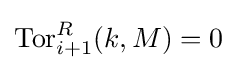
\operatorname {Tor} _{i+1}^{R}(k,M)=0